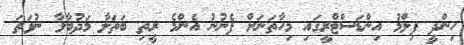
ހިންދީ ފިލްމު އިންޑަސްޓްރީގައި މިހާތަނަށް ފެނުނު އެންމެ ރީތި ބަތަލާ މަދުބާލާ ނުވަތަ